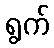
ရွက်